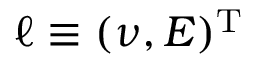
\ell \equiv ( \nu , E ) ^ { \mathrm { T } }